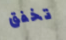
تخفق